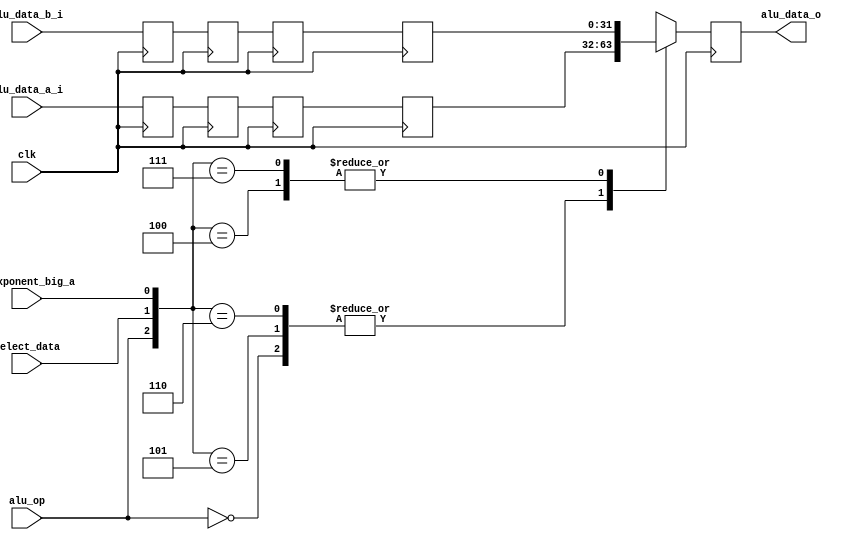
`timescale 1ns / 1ps
//////////////////////////////////////////////////////////////////////////////////
// 
// Design Name: 
// Module Name: fp7_alu_select_stage
// Project Name: 
// Target Devices: 
// Tool Versions: 
// Description: 
// 
// Dependencies: 
// 
// Revision:
// Revision 0.01 - File Created
// Additional Comments:
// 
//////////////////////////////////////////////////////////////////////////////////


module fp7_alu_select_stage
#(
  parameter ACCUM_DATA_WIDTH =32
)
(
  input wire clk, select_data,
  input wire i_exponent_big_a,
  input wire alu_op,
  input wire signed [ACCUM_DATA_WIDTH-1:0] alu_data_a_i, alu_data_b_i,
  output reg signed [ACCUM_DATA_WIDTH-1:0] alu_data_o
);
  reg signed [ACCUM_DATA_WIDTH-1:0] pipeline_reg_alu_data_a [3:0];
  reg signed [ACCUM_DATA_WIDTH-1:0] pipeline_reg_alu_data_b [3:0];
  always @(posedge clk)
  begin
    pipeline_reg_alu_data_a[3] <= pipeline_reg_alu_data_a[2];
    pipeline_reg_alu_data_a[2] <= pipeline_reg_alu_data_a[1];
    pipeline_reg_alu_data_a[1] <= pipeline_reg_alu_data_a[0];
    pipeline_reg_alu_data_a[0] <= alu_data_a_i;
    
    pipeline_reg_alu_data_b[3] <= pipeline_reg_alu_data_b[2];    
    pipeline_reg_alu_data_b[2] <= pipeline_reg_alu_data_b[1];
    pipeline_reg_alu_data_b[1] <= pipeline_reg_alu_data_b[0];
    pipeline_reg_alu_data_b[0] <= alu_data_b_i;
    
    casex({alu_op, select_data, i_exponent_big_a})
      3'b0xx : alu_data_o <= pipeline_reg_alu_data_a[3];
      
      3'b100 : alu_data_o <= pipeline_reg_alu_data_b[3];
      3'b101 : alu_data_o <= pipeline_reg_alu_data_a[3];
      3'b110 : alu_data_o <= pipeline_reg_alu_data_a[3];
      3'b111 : alu_data_o <= pipeline_reg_alu_data_b[3];
      default : alu_data_o <= 'd0;     
    endcase
  end
  endmodule